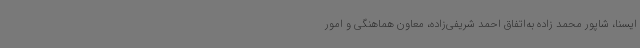
ایسنا، شاپور محمد زاده به‌اتفاق احمد شریفی‌زاده، معاون هماهنگی و امور